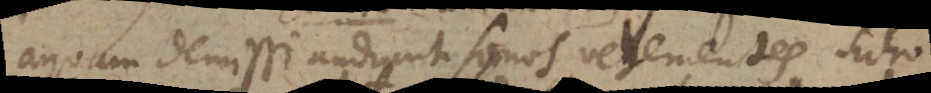
aquam demissi audiunt sonos vehementes. Echo